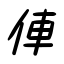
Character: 俥